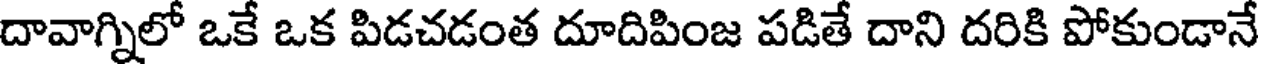
దావాగ్నిలో ఒకే ఒక పిడచడంత దూదిపింజ పడితే దాని దరికి పోకుండానే